Vital statistics of India. Vol. IV, Annual returns from 1871 to 1876. British Army of India, Native Army and jails of Bengal
Year: 1871
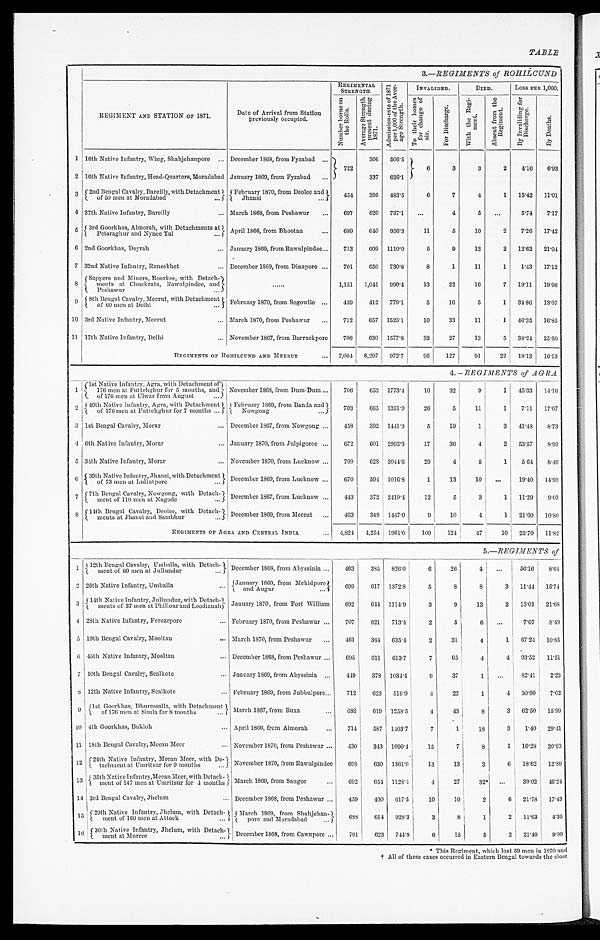
TABLE
3.—REGIMENTS of ROHILCUND
REGIMENT AND STATION OF 1871.
Date of Arrival from Station
previously occupied.
REGIMENTAL
STRENGTH.
A d m i s s i o n - r a t e o f 1 8 7 1 p e r 1 , 0 0 0 o f t h e A v e r a g e S t r e n g t h .
INVALIDED.
DIED.
Loss PER 1,000.
N u m b e r b o r n e o n t h e R o l l s .
A v e r a g e S t r e n g t h p r e s e n t d u r i n g 1 8 7 1 .
T o t h e i r h o m e s f o r c h a n g e o f a i r .
F o r D i s c h a r g e .
W i t h t h e R e g i m e n t .
A b s e n t f r o m t h e R e g i m e n t .
B y I n v a l i d i n g f o r D i s c h a r g e .
B y D e a t h s .
1 16th Native Infantry, Wing, Shahjehanpore ... December 1868, from Fyzabad ...
722
306 506.5
6
3
3
2
4.16 6.93
2 16th Native Infantry, Head-Quarters, Moradabad January 1869, from Fyzabad ...
337 626.1
3 2nd Bengal Cavalry, Bareilly, with Detachment
of 50 men at Moradabad ...
February 1870, from Deolee and
454
3
95
483.5
6
7
4
1 15.42 11.01
4 27th Native Infantry, Barcilly
... March 1868, from Peshawur
...
697
620 737.1
...
4
5
...
5.74 7 . 1 7
5 3rd Goorkhas, Almorah, with Detachments at
Petoraghur and Nynce Tal ...
April 1866, from Bhootan
...
689
640 956.3
11
5
10
2
7.26 1 7 . 4 2
6 2nd Goorkhas, Deyrah
... January 1869, from Rawulpindee...
713
609 1110.0
5
9
13
2 12.62 2 1 . 0 4
7 32nd Native Infantry, Raneekhet
... December 1869, from Dinapore ...
701
650 730.8
8
1
11
1
1.43 17.12
8
Sappers and Miners, Roorkee, with Detach
merts at Chuckrata, Rawulpindee, and
Peshawur
...
. . . . . .
1,151 1,041 990.4
13
22
16
7 19.11 1 9 . 9 8
9 8th Bengal Cavalry, Meerut, with Detachment
of' 60 men at Delhi
February 1870, from Segowlie
. . .
459
412 779.1
5
16
5
1 84.86 13.07
10 3rd Native Infantry, Meerut
... March 1870, from Peshawur ...
712
657 1525.1
10
33
11
1 46.35 1 6 . 8 5
11 17th Native Infantry, Delhi
... November 1867, from Barrackpore
706
630 1577.8
32
27
13
5 38.24 25.50
REGIMENTS OF ROHILCUND AND MEERUT
. . . 7,004 6,297 972.7
96
127
91
22 18.13 16.13
4.— REGIMENTS of AGRA
1
1st Native infantry, Agra, with Detachment of
176 men at Futtehghur for 5 months, and
of 176 men at Ulwar from August ...
November 1868, from Dum-Dum ...
706
653 1773.4
10
32
9
1 45.33 1 4 . 1 6
2 40th Native Infantry, Agra, with Detachment
of 176 men at Futtelighur for 7 months ...
February 1869, from Banda and
Nowgong ...
703
665 1351.9
26
5
11
1
7.11 17.07
3 lst Bengal Cavalry, Morar
... December 1867, from Nowgong ...
458
392 1441.3
5
19
1
3 41.48 8.73
4 6th Native Infantry, Morar
... January 1870, from Julpigoree ...
672
601 2993.3
17
36
4
2 53.57
8.93
5 34th Native Infantry, Morar
... November 1870, from Lucknow ...
709
628 3044.6
29
4
5
1
5 .64
8.46
6 39th Native Infantry, Jhansi, with Detachment
of 73 men at Lullutpure
December 1869, from Luckknow ...
670
594 1016.8
1
13
10
...
19.40 1 4 . 9 3
7 7th Bengal Cavalry, Nowgong, with Detach
ment of 110 men at Nagode
... December 1867, from Lucknow ...
443
372 2149.4
12
5
3
1 11.29
9.03
8 14th Bengal Cavalry, Deolee, with Detach
mends at Jhansi and Sambhur
December 1869, from Meerut ...
463
349 1447.0
9
10
4
1 21.60 10.80
REGIMENTS OF AGRA AND CENTRAL INDIA
... 4,824 4,254 1961.0
109
124
47
10 25.70 11.82
5.—REGIMENTS of
1 12th Bengal Cavalry, Umba1la, with Detach
ment of 60 men at Jullundur ...
December 1868, from Abyssinia ...
463
385 826.0
6
26
4
...
56.16
8. 64
2 26th Native Infantry, Umballa
. . . January 1869, from Mehidpore
and Augur ...
699
617 1372.8
5
8
8
3 11.44 15.74
3 14th Native Infantry,Jullundur, with detachments of 37 men at Phillour and Loodianan January 1870, from Form William
692
644 1114.9
3
9
13
2 13.01 21.68
4 28th Native Infantry, Ferozepore
... February 1870, from Peshawur ...
707
621 713.4
2
5
6
. . . 7.07
8.49
5 19th Bengal Cavalry, Mooltan
... March 1870, from Peshawur
...
461
384 635.4
2
31
4
1 67.24 10. 85
6 45th Native Infantry, Mooltan
... December 1868, from Peshawur ...
695
611 613.7
7
65
4
4 93.52 11.51
7 10th Bengal Cavalry, Sealkotc
... January 1869, from Abyssinia ...
449
378 1034.4
9
37
1
...
8241
2. 23
8 12th Native Infantry, Sealkote
... February 1869, from Jubbulpore...
712
623 516.9
4
22
1
4 30.90
7.02
9 1st Goorkhas, Dhurmsalla, with Detachment
of 176 men at Simla for 8 months ...
March 1867 from Buxa
...
688
619 1258.5
4
43
8
8 62.50 15.99
10 4th Goorkhas, Bukloh
... April 1866, from Almorah
...
714
587 1403.7
7
1
18
3
1.40 29.41
11 18th Bengal Cavalry, Meean Meer
... November 1870, from Peshawur ...
430
343 1090.4
15
7
8
1 16.23 20.93
12 24th Native Infantry, Meean Meer, with De
tachment at Umritsur for 9 months ... November 1870, from Rawulpindee
693
630 1361.9
13
13
3
6 18.62 12.89
1 3 35th Native Infantrv, Meean Meer , wi t h Det achment of 147 men at Umr i t s ur f or 4 mont hs . March 1869, from Saugor
...
692
654 1128.4
4
27
32* ...
39.02 46. 24
14 3rd Bengal Cavalry, Jhelum
. . . December 1868, from Peshawur ...
459
400 617.5
10
10
2
6 21.78 17.43
1 5 29th Native Infantry, Jhelum, with Detach
ment of 160 men at Attock
...
March 1869, from Shabjehan
pore and Moradabad
...
688
614 928.3
3
8
1
2 11.63
4.36
1 6 30th Native Infantry, Jhelum, with Detach
ment at Murree
... December 1368, from Cawnpore ...
701
623 744.3
6
15
5
2
21.40
9.99